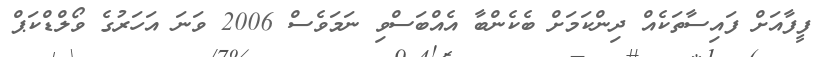
ފީފާއަށް ފައިސާތަކެއް ދިންކަމަށް ބެކެންބާ އެއްބަސްވި ނަމަވެސް 2006 ވަނަ އަހަރުގެ ވޯލްޑްކަޕް